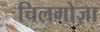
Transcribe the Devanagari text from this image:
चिलगोज़ा